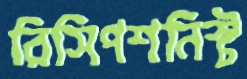
রিসিপশনিস্ট